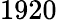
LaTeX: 1920